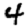
Digit: 4